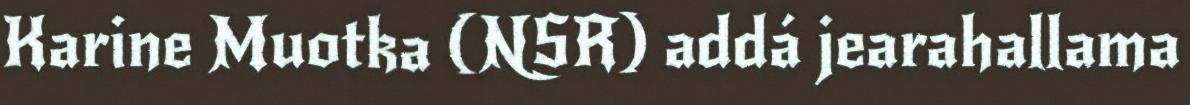
Karine Muotka (NSR) addá jearahallama